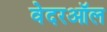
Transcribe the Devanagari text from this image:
वेदरऑल